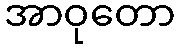
အာဝုတော